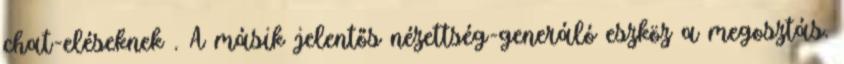
chat-eléseknek . A másik jelentős nézettség-generáló eszköz a megosztás.